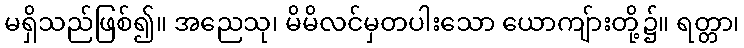
မရှိသည်ဖြစ်၍။ အညေသု၊ မိမိလင်မှတပါးသော ယောကျ်ားတို့၌။ ရတ္တာ၊